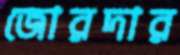
জোরদার